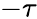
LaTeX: -\tau